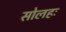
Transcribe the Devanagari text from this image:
सोलहः